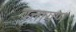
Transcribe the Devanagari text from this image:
वृत्तायण